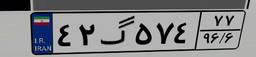
۵۴گ۳۴۶۸۷